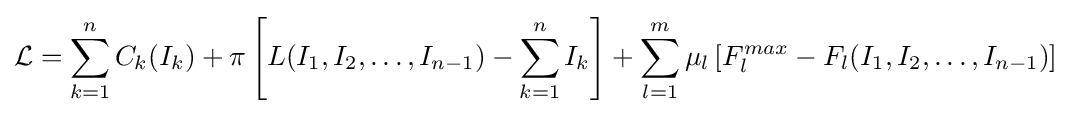
{\mathcal {L}}=\sum _{k=1}^{n}C_{k}(I_{k})+\pi \left[L(I_{1},I_{2},\dots ,I_{n-1})-\sum _{k=1}^{n}I_{k}\right]+\sum _{l=1}^{m}\mu _{l}\left[F_{l}^{max}-F_{l}(I_{1},I_{2},\dots ,I_{n-1})\right]